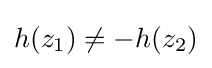
h(z_{1})\neq -h(z_{2})